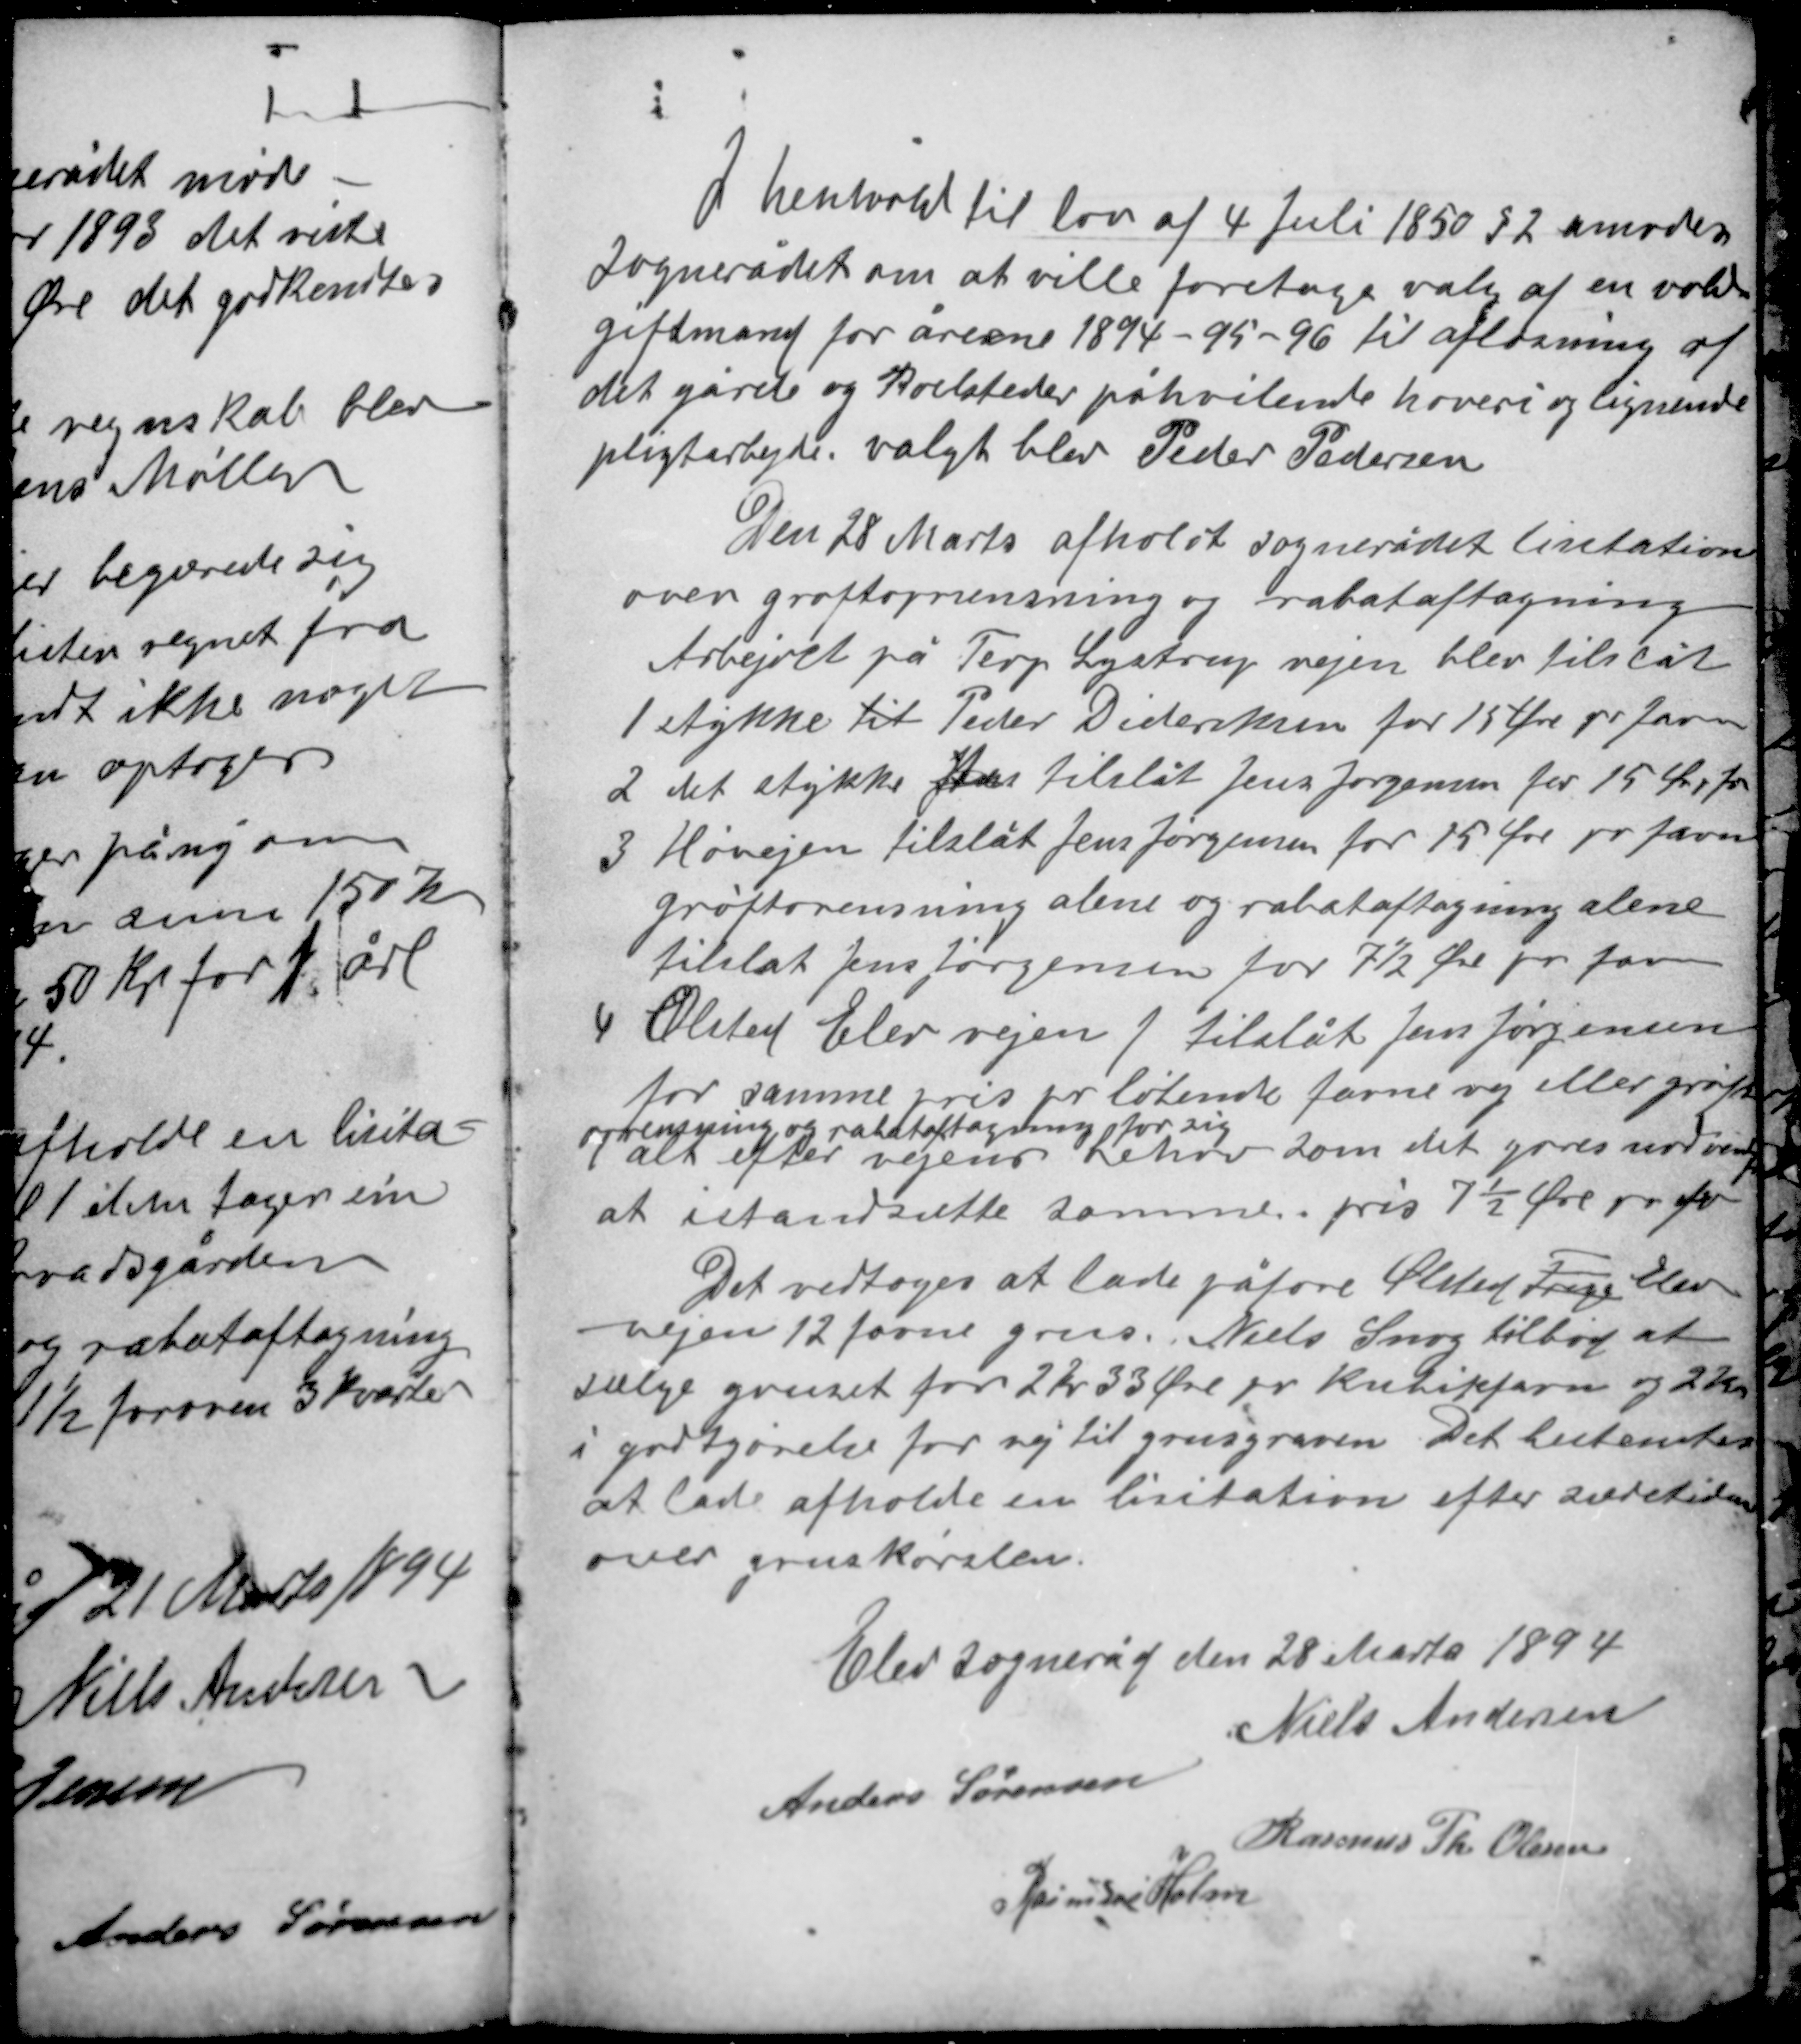
Transskription:
I henhold til lov af 4 Juli 1850 § 2 anmodes
Sognerådet om at ville foretage valg af en vold-
giftmand for årene1894-95-96 til afløsning af
det gårde og Boelsteder påhvilende hoveri og lignende
pligtarbejde. valgt blev Peder Pedersen.

Den 28 Marts afholdt sognerådet lisitation
over grøftoprensning og rabataftagning.
Arbejdet på Terp Lystrup vejen blev tilslåt
1 stykke til Peder Dideriksen for 15 Øre pr favn
2 det stykke blev tilslåt Jens Jørgensen for 15 Øre p fv
3 Høvejen tilslåt Jens Jørgense for 15 Øre pr favn
Grøftsrensning alene og rabataftagning alene
tilslåt Jens Jørgensen for 7½ Øre pr favn
4 Ølsted Elev vejen  tilslåt Jens Jørgensen
for samme pris pr løbende favne vej eller grøfts-
oprensning og rabataftagning for sig
alt efter vejens behov som det gøres nødvendig
at istandsætte samme pris 7½ Øre pr fv

Det vedtoges at lade påføre Ølsted Trige Elev
vejen 12 favne grus. Niels Snog tilbød at
sælge gruset for 2 Kr 33 Øre pr kubikfavn og 2 Kr
i godtgørelse for vej til grusgraven. Det bestemtes
at lade afholde en lisitation efter suretiden
over gruskørslen.

Elev sogneråd den 28 Marts 1894
Niels Andersen
Anders Sørensen
Rasmus Th Olesen
Rasmus Holm